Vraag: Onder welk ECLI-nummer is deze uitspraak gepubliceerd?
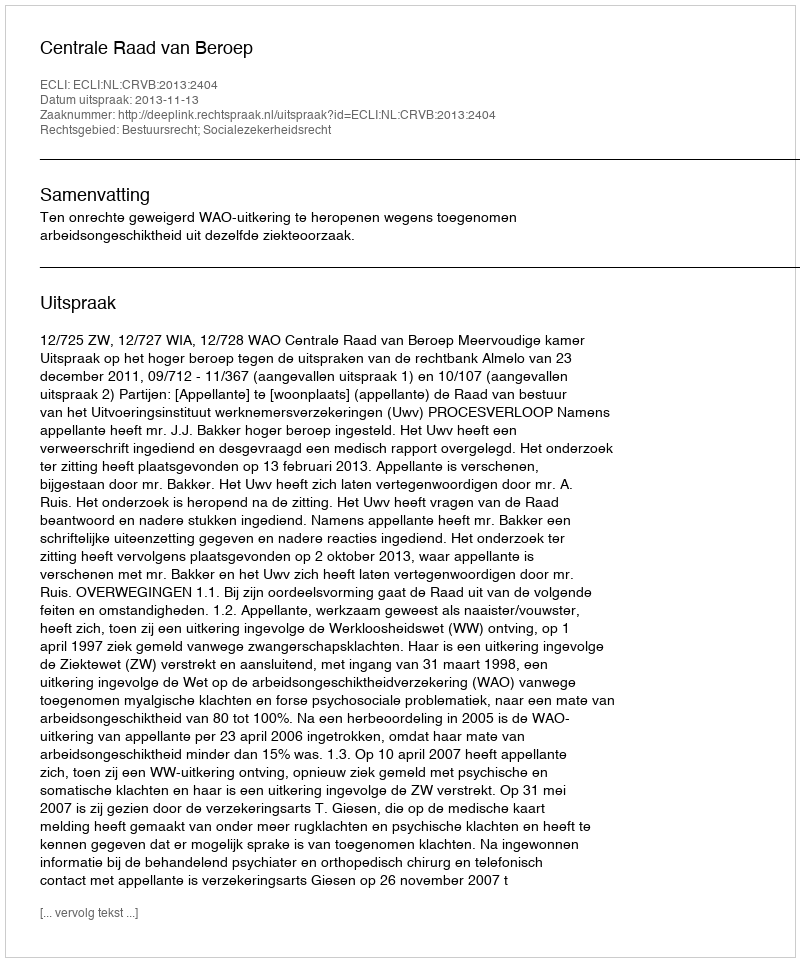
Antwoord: ECLI:NL:CRVB:2013:2404